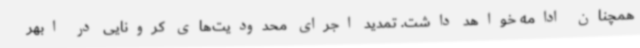
همچنان ادامه خواهد داشت. تمدید اجرای محدودیت‌های کرونایی در ابهر